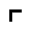
\ulcorner